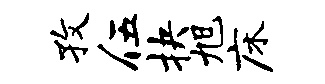
孜伍抉旭床